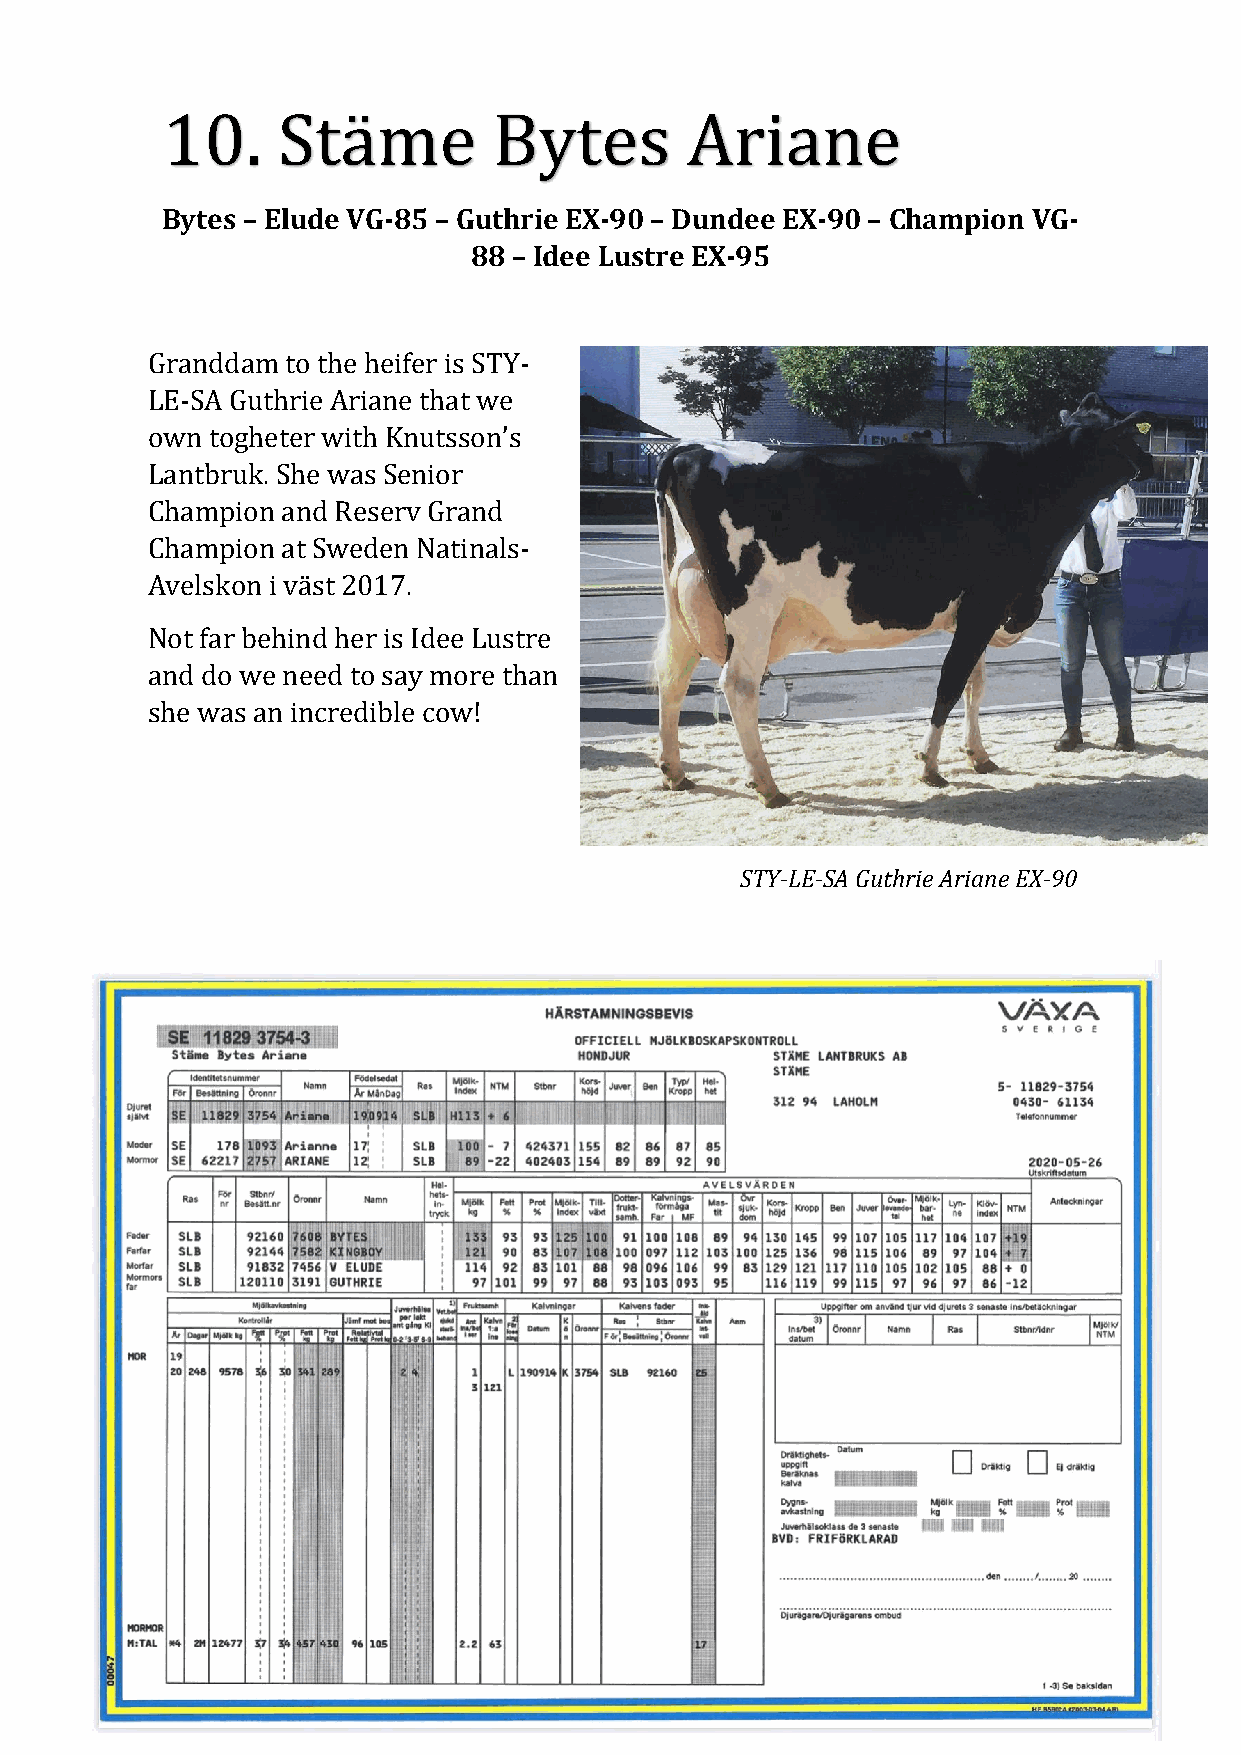
10.    Stäme          Bytes       Ariane
 Bytes – Elude VG-85 – Guthrie EX-90 – Dundee EX-90 – Champion VG-
 88 – Idee Lustre EX-95
 Granddam to the heifer is STY-
 LE-SA Guthrie Ariane that we
 own togheter with Knutsson’s
 Lantbruk. She was Senior
 Champion and Reserv Grand
 Champion at Sweden Natinals-
 Avelskon i väst 2017.
 Not far behind her is Idee Lustre
 and do we need to say more than
 she was an incredible cow!
 STY-LE-SA Guthrie Ariane EX-90